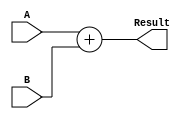
module add32(input [31:0] A, input [31:0] B, output [31:0] Result);
	assign Result = A + B;
endmodule